Lunatic asylums Bombay report 1891-1903 - 1891-1903
Year: 1891
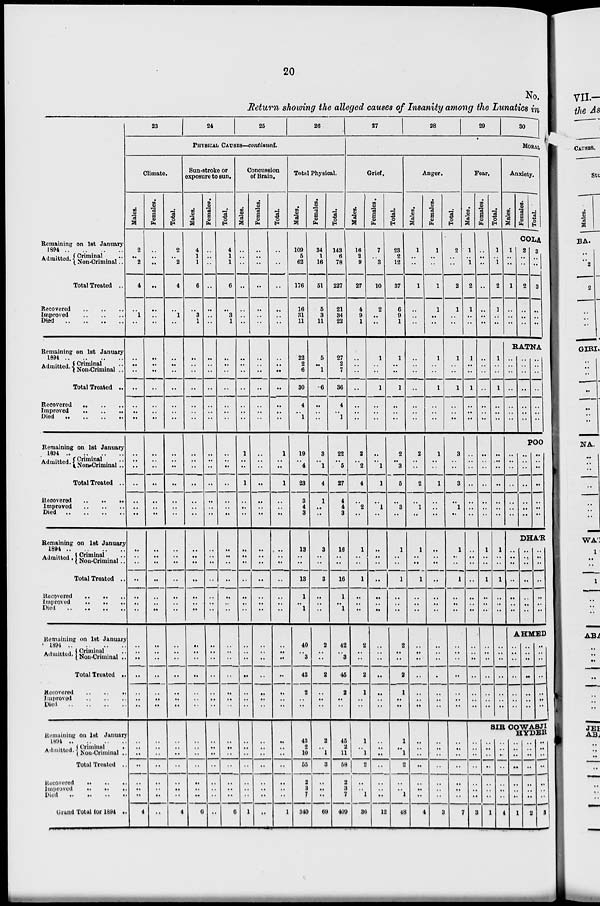
20
No.
Return showing the alleged causes of Insanity among the Lunatics in
Remaining on 1st January
1894
..
..
..
..
Admitted. Criminal ..
Non-Criminal ..
Total Treated ..
Recovered .. .. ..
Improved
..
..
..
Died .. .. .. ..
Remaining on 1st January
1894 .. .. .. ..
Admitted. Criminal ..
Non-Criminal ..
Total Treated ..
Recovered
..
..
..
Improved .. .. ..
Died .. .. .. ..
Remaining on 1st January
1894 .. .. .. ..
Admitted. Criminal ..
Non-Criminal ..
Total Treated ..
Recovered .. .. ..
Improved
..
..
..
Died .. .. .. ..
Remaining on 1st January
1894 .. .. .. ..
Admitted. Criminal ..
Non-Criminal ..
Total Treated ..
Recovered .. .. ..
Improved
..
..
..
Died .. .. .. ..
Remaining on 1st January
1894
..
..
..
..
Admitted. Criminal ..
Non-Criminal ..
Total Treated ..
Recovered
..
..
..
Improved .. .. ..
Died .. .. .. ..
Remaining on 1st January
1894 .. .. .. ..
Admitted.
Criminal
..
Non-Criminal ..
Total Treated ..
Recovered .. .. ..
Improved .. .. ..
Died .. .. .. ..
Grand Total for 1894 ..
23
24
25
26
PHYSICAL CAUSES—Continued.
Climate.
Males.
2
..
2
4
..
1
..
..
..
..
..
..
..
..
..
..
..
..
..
..
..
..
..
..
..
..
..
..
..
..
..
..
..
..
..
..
..
..
..
..
..
..
4
Females.
..
..
..
..
..
..
..
..
..
..
..
..
..
..
..
..
..
..
..
..
..
..
..
..
..
..
..
..
..
..
..
..
..
..
..
..
..
..
..
..
..
..
..
Total.
2
..
2
4
..
1
..
..
..
..
..
..
..
..
..
..
..
..
..
..
..
..
..
..
..
..
..
..
..
..
..
..
..
..
..
..
..
..
..
..
..
..
4
Sun-stroke or
exposure to sun.
Males.
4
1
1
6
..
3
1
..
..
..
..
..
..
..
..
..
..
..
..
..
..
..
..
..
..
..
..
..
..
..
..
..
..
..
..
..
..
..
..
..
..
..
6
Females.
..
..
..
..
..
..
..
..
..
..
..
..
..
..
..
..
..
..
..
..
..
..
..
..
..
..
..
..
..
..
..
..
..
..
..
..
..
..
..
..
..
..
..
Total.
4
1
1
6
..
3
1
..
..
..
..
..
..
..
..
..
..
..
..
..
..
..
..
..
..
..
..
..
..
..
..
..
..
..
..
..
..
..
..
..
..
..
6
Concussion
of Brain.
Males.
..
..
..
..
..
..
..
..
..
..
..
..
..
..
1
..
..
1
..
..
..
..
..
..
..
..
..
..
..
..
..
..
..
..
..
..
..
..
..
..
..
..
1
Females.
..
..
..
..
..
..
..
..
..
..
..
..
..
..
..
..
..
..
..
..
..
..
..
..
..
..
..
..
..
..
..
..
..
..
..
..
..
..
..
..
..
..
..
Total.
..
..
..
..
..
..
..
..
..
..
..
..
..
..
1
..
..
1
..
..
..
..
..
..
..
..
..
..
..
..
..
..
..
..
..
..
..
..
..
..
..
..
1
Total Physical.
Males.
109
5
62
176
16
31
11
22
2
6
30
4
..
1
19
..
4
23
3
4
3
13
..
..
13
1
..
1
40
..
3
43
2
..
..
43
2
10
55
2
3
7
340
Females.
34
1
16
51
5
3
11
5
..
1
6
..
..
..
3
..
1
4
1
..
..
3
..
..
3
..
..
..
2
..
..
2
..
..
..
2
..
1
3
..
..
..
69
Total.
143
6
78
227
21
34
22
27
2
7
36
4
..
1
22
..
5
27
4
4
3
16
..
..
16
1
..
1
42
..
3
45
2
..
..
45
2
11
58
2
3
7
409
27
28
29
30
MORAL
Grief.
Males.
16
2
9
27
4
9
1
..
..
..
..
..
..
..
2
..
2
4
..
2
..
1
..
..
1
..
..
..
2
..
..
2
1
..
..
1
..
1
2
..
..
1
36
Females.
7
..
3
10
2
..
..
1
..
..
1
..
..
..
..
..
1
1
..
1
..
..
..
..
..
..
..
..
..
..
..
..
..
..
..
..
..
..
..
..
..
..
12
Total.
23
2
12
37
6
9
1
1
..
..
1
..
..
..
2
..
3
5
..
3
..
1
..
..
1
..
..
..
2
..
..
2
1
..
..
1
..
1
2
..
..
1
48
Anger.
Males.
1
..
..
1
..
..
..
..
..
..
..
..
..
..
2
..
..
2
..
1
..
1
..
..
1
..
..
..
..
..
..
..
..
..
..
..
..
..
..
..
..
..
4
Females.
1
..
..
1
1
..
..
1
..
..
1
..
..
..
1
..
..
1
..
..
..
..
..
..
..
..
..
..
..
..
..
..
..
..
..
..
..
..
..
..
..
..
3
Total.
2
..
..
2
1
..
..
1
..
..
1
..
..
..
3
..
..
3
..
1
..
1
..
..
1
..
..
..
..
..
..
..
..
..
..
..
..
..
..
..
..
..
7
Fear.
Males.
1
..
1
2
1
..
..
1
..
..
1
..
..
..
..
..
..
..
..
..
..
..
..
..
..
..
..
..
..
..
..
..
..
..
..
Females.
..
..
..
..
..
..
..
..
..
..
..
..
..
..
..
..
..
..
..
..
..
1
..
..
1
..
..
..
..
..
..
..
..
..
..
Total.
1
..
1
2
1
..
..
1
..
..
1
..
..
..
..
..
..
..
..
..
..
1
..
..
1
..
..
..
..
..
..
..
..
..
..
Anxiety.
Males.
Females.
Total.
COLA
1
..
..
1
..
..
..
2
..
..
2
..
..
..
3
..
..
3
..
..
..
RATNA
..
..
..
..
..
..
..
..
..
..
..
..
..
..
..
..
..
..
..
..
..
POO
..
..
..
..
..
..
..
..
..
..
..
..
..
..
..
..
..
..
..
..
..
DHA'R
..
..
..
..
..
..
..
..
..
..
..
..
..
..
..
..
..
..
..
..
..
AHMED
..
..
..
..
..
..
..
..
..
..
..
..
..
..
..
..
..
..
..
..
..
SIR COWASJI
HYDER
..
..
..
..
..
..
..
3
..
..
..
..
..
..
..
1
..
..
..
..
..
..
..
4
..
..
..
..
..
..
..
1
..
..
..
..
..
..
..
2
..
..
..
..
..
..
..
3